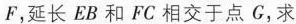
F，延长EB和FC相交于点G，求